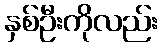
နှစ်ဦးကိုလည်း